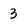
Character: 3